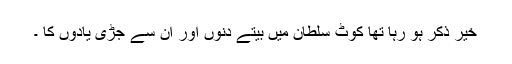
خیر ذکر ہو رہا تھا کوٹ سلطان میں بیتے دنوں اور ان سے جڑی یادوں کا ۔